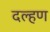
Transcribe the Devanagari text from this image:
दल्हण